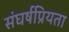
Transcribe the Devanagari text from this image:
संघर्षप्रियता